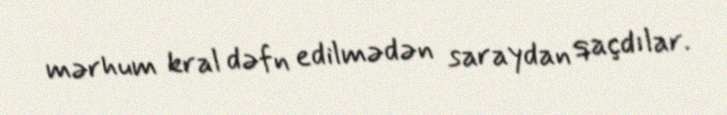
mərhum kral dəfn edilmədən saraydan qaçdılar.